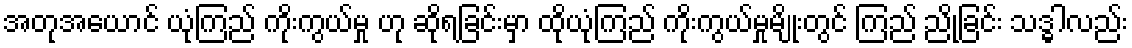
အတုအယောင် ယုံကြည် ကိုးကွယ်မှု ဟု ဆိုရခြင်းမှာ ထိုယုံကြည် ကိုးကွယ်မှုမျိုးတွင် ကြည် ညိုခြင်း သဒ္ဓါလည်း